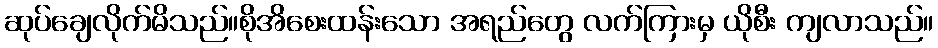
ဆုပ်ချေလိုက်မိသည်။စိုအိစေးထန်းသော အရည်တွေ လက်ကြားမှ ယိုစီး ကျလာသည်။